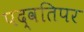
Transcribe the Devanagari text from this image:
पद्वतिपर